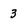
Character: 3